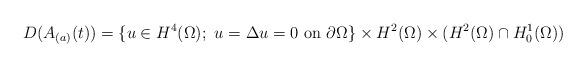
LaTeX: \begin{align*}D(A_{(a)}(t))=\{u\in H^4(\Omega);\ u=\Delta u=0\ \mbox{on}\ \partial\Omega \}\times H^2(\Omega)\times (H^2(\Omega)\cap H^1_0(\Omega))\end{align*}